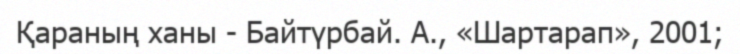
Қараның ханы - Байтүрбай. А., «Шартарап», 2001;